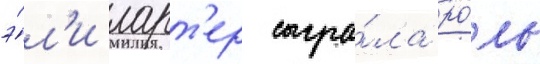
э́л'и ларт'ер сыгра́ла ро́ль